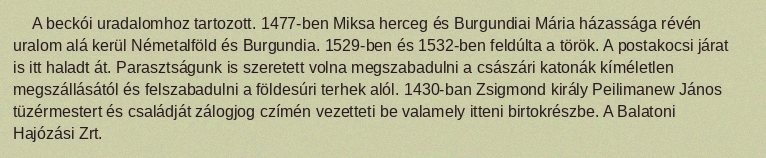
A beckói uradalomhoz tartozott. 1477-ben Miksa herceg és Burgundiai Mária házassága révén uralom alá kerül Németalföld és Burgundia. 1529-ben és 1532-ben feldúlta a török. A postakocsi járat is itt haladt át. Parasztságunk is szeretett volna megszabadulni a császári katonák kíméletlen megszállásától és felszabadulni a földesúri terhek alól. 1430-ban Zsigmond király Peilimanew János tüzérmestert és családját zálogjog czímén vezetteti be valamely itteni birtokrészbe. A Balatoni Hajózási Zrt.